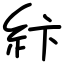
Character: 𥾽